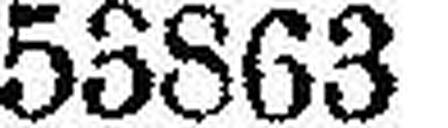
53863